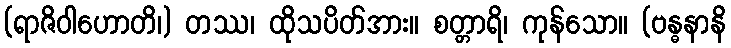
(ရာဇိဝါဟောတိ၊) တဿ၊ ထိုသပိတ်အား။ စတ္တာရိ၊ ကုန်သော။ (ဗန္ဓနာနိ